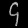
Digit: ၄